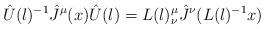
LaTeX: \begin{align*}{\hat U}(l)^{-1}{\hat J}^{\mu}(x){\hat U}(l)=L(l)^{\mu}_{\nu}{\hat J}^{\nu}(L(l)^{-1}x)\end{align*}